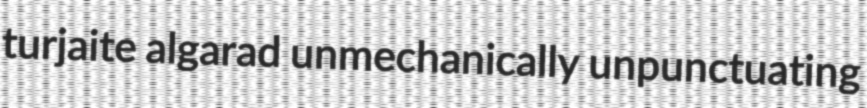
turjaite algarad unmechanically unpunctuating